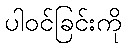
ပါဝင်ခြင်းကို